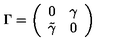
\Gamma = \left( \begin{array} { c c } { 0 } & { \gamma } \\ { \tilde { \gamma } } & { 0 } \\ \end{array} \right)